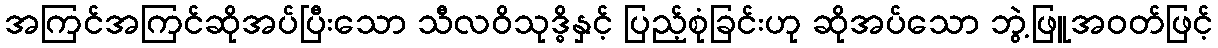
အကြင်အကြင်ဆိုအပ်ပြီးသော သီလဝိသုဒ္ဓိနှင့် ပြည့်စုံခြင်းဟု ဆိုအပ်သော ဘွဲ့ဖြူအဝတ်ဖြင့်